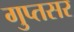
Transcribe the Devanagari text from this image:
गुप्तसर